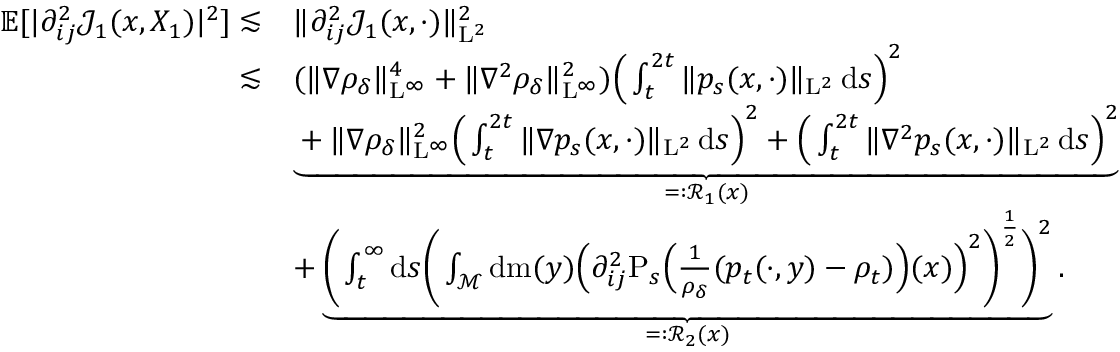
\begin{array} { r l } { \mathbb { E } [ \vert \partial _ { i j } ^ { 2 } \mathcal { J } _ { 1 } ( x , X _ { 1 } ) \vert ^ { 2 } ] \lesssim } & { \| \partial _ { i j } ^ { 2 } \mathcal { J } _ { 1 } ( x , \cdot ) \| _ { \mathrm { L } ^ { 2 } } ^ { 2 } } \\ { \lesssim } & { ( \| \nabla \rho _ { \delta } \| _ { \mathrm { L } ^ { \infty } } ^ { 4 } + \| \nabla ^ { 2 } \rho _ { \delta } \| _ { \mathrm { L } ^ { \infty } } ^ { 2 } ) \Big ( \int _ { t } ^ { 2 t } \| p _ { s } ( x , \cdot ) \| _ { \mathrm { L } ^ { 2 } } \, \mathrm { d } s \Big ) ^ { 2 } } \\ & { \underbrace { + \| \nabla \rho _ { \delta } \| _ { \mathrm { L } ^ { \infty } } ^ { 2 } \Big ( \int _ { t } ^ { 2 t } \| \nabla p _ { s } ( x , \cdot ) \| _ { \mathrm { L } ^ { 2 } } \, \mathrm { d } s \Big ) ^ { 2 } + \Big ( \int _ { t } ^ { 2 t } \| \nabla ^ { 2 } p _ { s } ( x , \cdot ) \| _ { \mathrm { L } ^ { 2 } } \, \mathrm { d } s \Big ) ^ { 2 } } _ { = : \mathcal { R } _ { 1 } ( x ) } } \\ & { + \underbrace { \bigg ( \int _ { t } ^ { \infty } \mathrm { d } s \bigg ( \int _ { \mathcal { M } } \mathrm { d } \mathrm { m } ( y ) \Big ( \partial _ { i j } ^ { 2 } \mathrm { P } _ { s } \Big ( \frac { 1 } { \rho _ { \delta } } ( p _ { t } ( \cdot , y ) - \rho _ { t } ) \Big ) ( x ) \Big ) ^ { 2 } \bigg ) ^ { \frac { 1 } { 2 } } \bigg ) ^ { 2 } } _ { = : \mathcal { R } _ { 2 } ( x ) } . } \end{array}